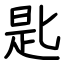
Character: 匙